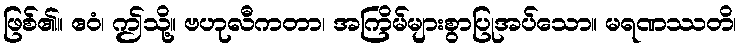
ဖြစ်၏။ ဧဝံ၊ ဤသို့။ ဗဟုလီကတာ၊ အကြိမ်များစွာပြုအပ်သော။ မရဏဿတိ၊